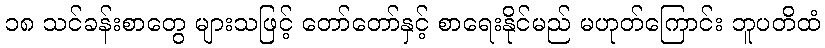
၁၈ သင်ခန်းစာတွေ များသဖြင့် တော်တော်နှင့် စာရေးနိုင်မည် မဟုတ်ကြောင်း ဘူပတိထံ